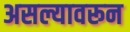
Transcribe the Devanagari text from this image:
असल्यावरून